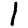
Digit: 1